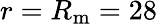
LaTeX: r=R_{\mathrm{m}}=28